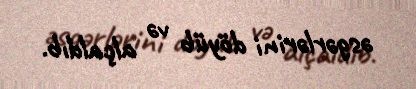
əsgərlərini döyüb və alçaldıb.